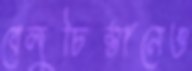
বেলুচিস্তানেও